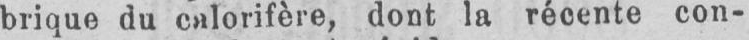
brique du calorifère, dont la récente con-